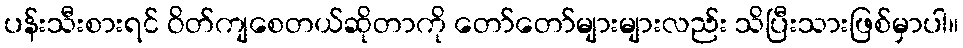
ပန်းသီးစားရင် ဝိတ်ကျစေတယ်ဆိုတာကို တော်တော်များများလည်း သိပြီးသားဖြစ်မှာပါ။